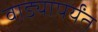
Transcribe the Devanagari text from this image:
वाड्यापर्यंत